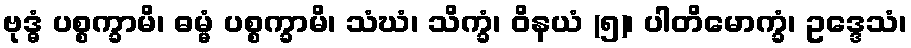
ဗုဒ္ဓံ ပစ္စက္ခာမိ၊ ဓမ္မံ ပစ္စက္ခာမိ၊ သံဃံ၊ သိက္ခံ၊ ဝိနယံ (၅)၊ ပါတိမောက္ခံ၊ ဥဒ္ဒေသံ၊